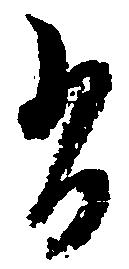
有